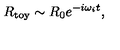
R _ { \mathrm { t o y } } \sim R _ { 0 } e ^ { - i \omega _ { i } t } ,